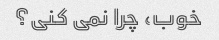
خوب، چرا نمی کنی؟